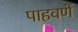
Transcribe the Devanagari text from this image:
पाहवणें